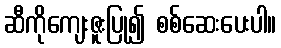
ဆီကိုကျေးဇူးပြု၍ စစ်ဆေးပေးပါ။